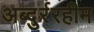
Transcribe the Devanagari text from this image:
अब्दुर्ररहीम